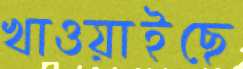
খাওয়াইছে